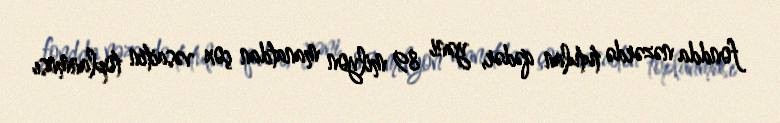
fondda nəzərdə tutulan qədər, yəni 89 milyon manatdan çox vəsaitin toplanması